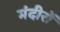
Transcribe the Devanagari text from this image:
मंदीरों